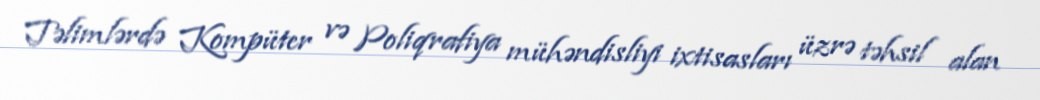
Təlimlərdə Kompüter və Poliqrafiya mühəndisliyi ixtisasları üzrə təhsil alan